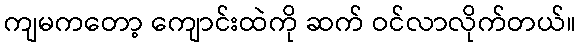
ကျမကတော့ ကျောင်းထဲကို ဆက် ဝင်လာလိုက်တယ်။